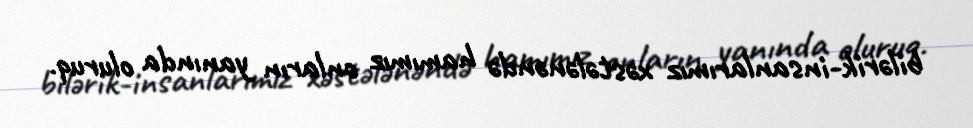
bilərik-insanlarımız xəstələnəndə hamımız onların yanında oluruq.